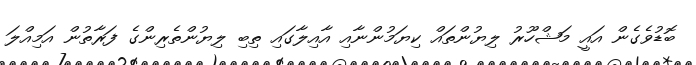
ބޮޑުވެގެން އައީ މަޝްހޫރު ލިޔުންތައް ކިޔަމުންނާއި އާއިލާގައި ތިބި ލިޔުންތެރިންގެ ފަރާތުން އަމިއްލަ